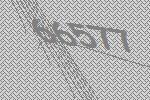
66577